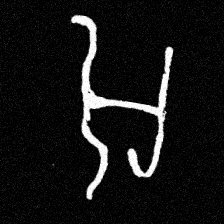
Pyu character \u2014 Myanmar letter: အ (romanized: a)